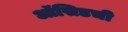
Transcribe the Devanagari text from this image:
ऑसिडची